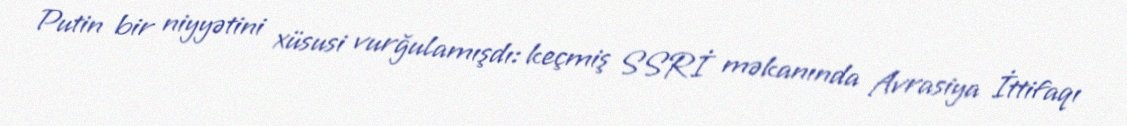
Putin bir niyyətini xüsusi vurğulamışdı: keçmiş SSRİ məkanında Avrasiya İttifaqı